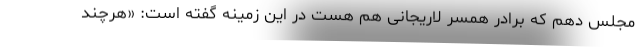
مجلس دهم که برادر همسر لاریجانی هم هست در این زمینه گفته است: «هرچند